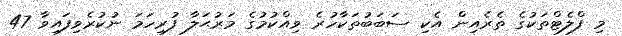
މި ފްލެޓްތަކުގެ ތެރެއިން އެކި ސަބަބުތަކާހުރެ ވިއްކުމުގެ މަރުޙަލާ ފުރިހަމަ ނުކުރެވިފައިވާ 47